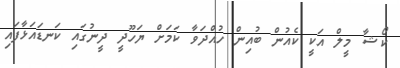
ކޯޝާ މީލް އަކީ ކެއުން ބުއިން ހުއްދަވާ ކަމަށް ޔަހޫދީ ދީނުގައި ކަނޑައަޅާފައި